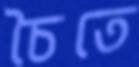
চৈতে